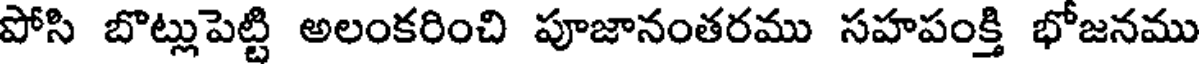
పోసి బొట్లుపెట్టి అలంకరించి పూజానంతరము సహపంక్తి భోజనము